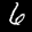
Label: 6